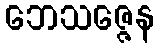
ဘေသဇ္ဇေန